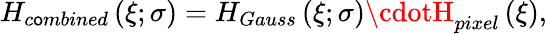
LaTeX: H_{c\mathsf{o}mbined}\left(\xi;\sigma\right)=H_{Gauss}\left(\xi;\sigma\right)\cdotH_{pixel}\left(\xi\right),